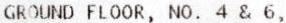
GROUND FLOOR, NO. 4 & 6,